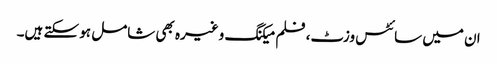
ان میں سائٹس وزٹ، فلم میکنگ وغیرہ بھی شامل ہو سکتے ہیں۔